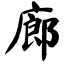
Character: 廊